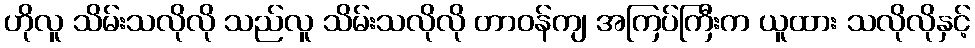
ဟိုလူ သိမ်းသလိုလို သည်လူ သိမ်းသလိုလို တာဝန်ကျ အကြပ်ကြီးက ယူထား သလိုလိုနှင့်